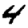
Digit: 4